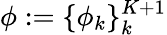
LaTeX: \phi:=\{ \phi_{k}\} _{k}^{K+1}